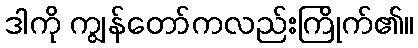
ဒါကို ကျွန်တော်ကလည်းကြိုက်၏။